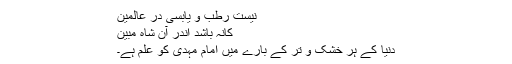
نیست رطب و یابسی در عالمین
کانہ باشد اندر آن شاہ مبین
دنیا کے ہر خشک و تر کے بارے میں امام مہدی کو علم ہے۔